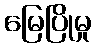
မြေပြိုမှု